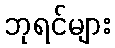
ဘုရင်များ